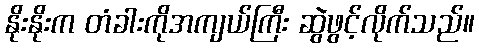
နိုးနိုးက တံခါးကိုအကျယ်ကြီး ဆွဲဖွင့်လိုက်သည်။